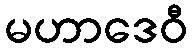
မဟာဒေဝီ